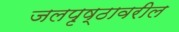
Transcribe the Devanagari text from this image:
जलपृष्ठावरील